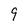
Character: 9